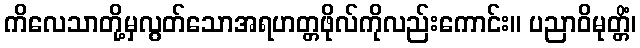
ကိလေသာတို့မှလွတ်သောအရဟတ္တဖိုလ်ကိုလည်းကောင်း။ ပညာဝိမုတ္တိံ၊